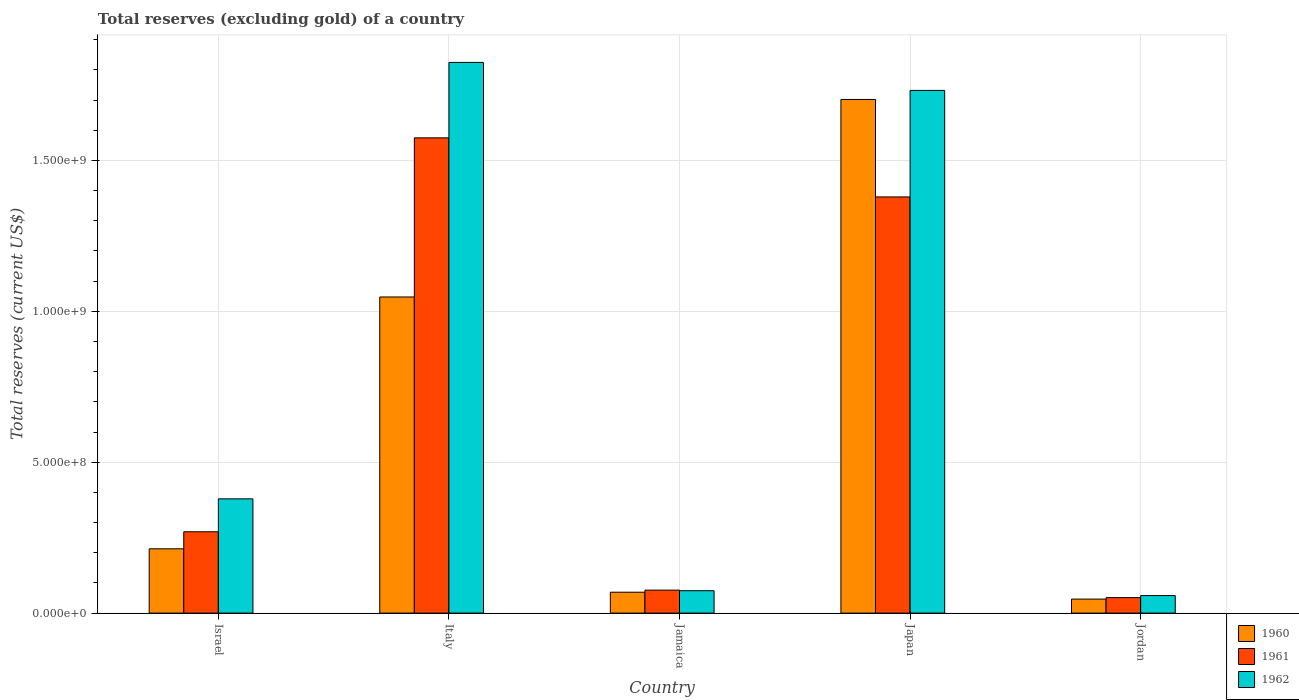
| Country | 1960 | 1961 | 1962 |
 | --- | --- | --- | --- |
 | Israel | 2.13e+08 | 2.69e+08 | 3.79e+08 |
 | Italy | 1.05e+09 | 1.57e+09 | 1.82e+09 |
 | Jamaica | 6.92e+07 | 7.61e+07 | 7.42e+07 |
 | Japan | 1.7e+09 | 1.38e+09 | 1.73e+09 |
 | Jordan | 4.64e+07 | 5.12e+07 | 5.8e+07 |